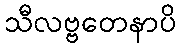
သီလဗ္ဗတေနာပိ